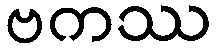
ဗကဿ